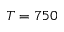
T = 7 5 0